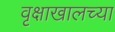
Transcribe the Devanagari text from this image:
वृक्षाखालच्या